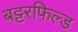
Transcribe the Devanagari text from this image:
बट्टरफिल्ड